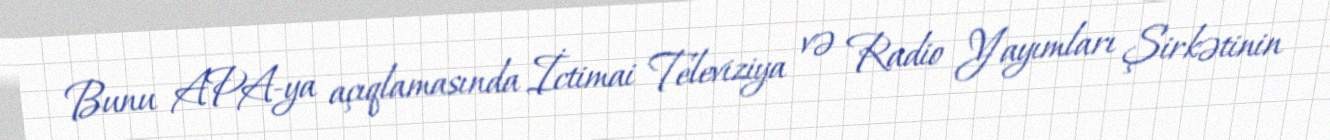
Bunu APA-ya açıqlamasında İctimai Televiziya və Radio Yayımları Şirkətinin